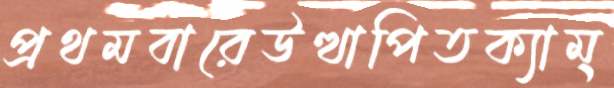
প্রথমবারেউত্থাপিতক্যাম্